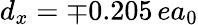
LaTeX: d_{x}=\mp 0.205\, ea_{0}